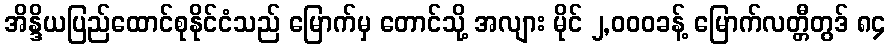
အိန္ဒိယပြည်ထောင်စုနိုင်ငံသည် မြောက်မှ တောင်သို့ အလျား မိုင် ၂,၀၀၀ခန့် မြောက်လတ္တီတွဒ် ၈၄